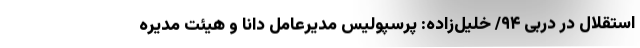
استقلال در دربی ۹۴/ خلیل‌زاده: پرسپولیس مدیرعامل دانا و هیئت مدیره